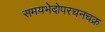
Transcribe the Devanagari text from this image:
समयभेदोपरचनचक्र